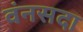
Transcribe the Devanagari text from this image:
वंनसदा